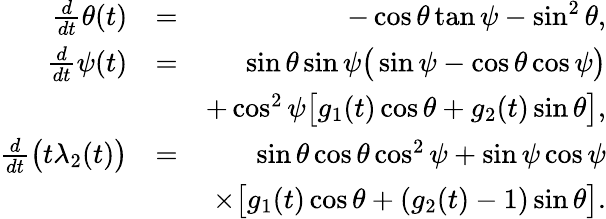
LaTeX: \begin{array}{rlr}{\frac{d}{dt}\theta(t)}&{=}&{-\cos{\theta}\tan{\psi}-\sin^{2}{\theta},}\\ {\frac{d}{dt}\psi(t)}&{=}&{\sin{\theta}\sin{\psi}\big(\sin{\psi}-\cos{\theta}\cos{\psi}\big)}\\ &{}&{+\cos^{2}{\psi}\big[g_{1}(t)\cos{\theta}+g_{2}(t)\sin{\theta}\big],}\\ {\frac{d}{dt}\big(t\lambda_{2}(t)\big)}&{=}&{\sin{\theta}\cos{\theta}\cos^{2}{\psi}+\sin{\psi}\cos{\psi}}\\ &{}&{\times\big[g_{1}(t)\cos{\theta}+(g_{2}(t)-1)\sin{\theta}\big].}\end{array}